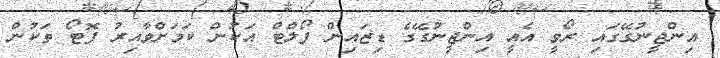
އިންޖީނުގޭގައި ރޯވީ އެއީ އިންޖީނުގޭގެ ޑިޒައިން ފޯލްޓް އަކުން ކަމަށްވާއިރު ފޮޓޯ ތަކުން